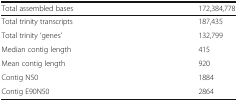
<table><thead><tr><td><b>Total assembled bases</b></td><td><b>172,384,778</b></td></tr></thead><tbody><tr><td>Total trinity transcripts</td><td>187,435</td></tr><tr><td>Total trinity ‘genes’</td><td>132,799</td></tr><tr><td>Median contig length</td><td>415</td></tr><tr><td>Mean contig length</td><td>920</td></tr><tr><td>Contig N50</td><td>1884</td></tr><tr><td>Contig E90N50</td><td>2864</td></tr></tbody></table>